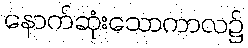
နောက်ဆုံးသောကာလ၌